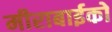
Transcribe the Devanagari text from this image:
मीराबाईको